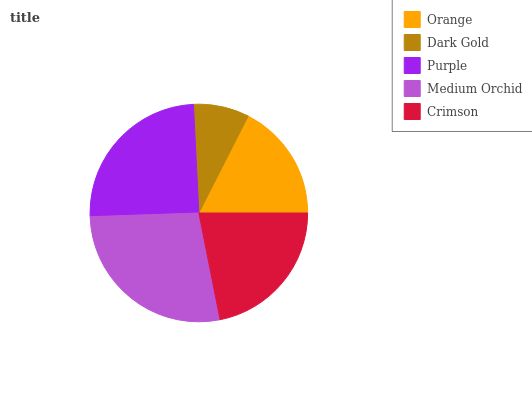
| Orange | Dark Gold | Purple | Medium Orchid | Crimson |
 | --- | --- | --- | --- | --- |
 | 17.5% | 8.31% | 24.7% | 27.6% | 21.8% |